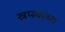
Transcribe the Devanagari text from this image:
स्रप्स्काच्या